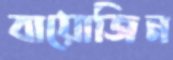
বায়োজিন